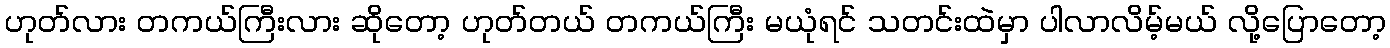
ဟုတ်လား တကယ်ကြီးလား ဆိုတော့ ဟုတ်တယ် တကယ်ကြီး မယုံရင် သတင်းထဲမှာ ပါလာလိမ့်မယ် လို့ပြောတော့